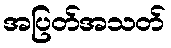
အပြတ်အသတ်